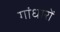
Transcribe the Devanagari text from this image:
गांधारों